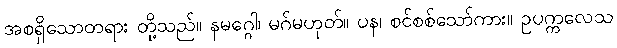
အစရှိသောတရား တို့သည်။ နမဂ္ဂေါ၊ မဂ်မဟုတ်။ ပန၊ စင်စစ်သော်ကား။ ဥပက္ကလေသ